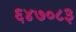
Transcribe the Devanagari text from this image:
६४७०८३